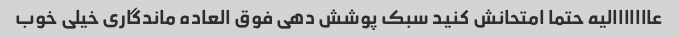
عااااااالیه حتما امتحانش کنید سبک پوشش دهی فوق العاده ماندگاری خیلی خوب